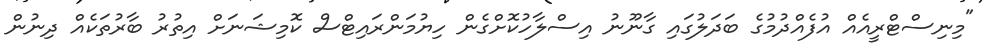
"މިނިސްޓްރީއެއް އުފެއްދުމުގެ ބަދަލުގައި ގާނޫނު އިސްލާހުކޮށްގެން ހިޔުމަންރައިޓްސް ކޮމިޝަނަށް އިތުރު ބާރުތަކެއް ދިނުން